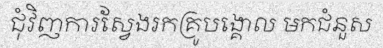
ជុំវិញការស្វែងរកគ្រូបង្គោល មកជំនួស